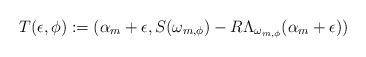
LaTeX: \begin{align*} T (\epsilon ,\phi ) : = (\alpha_m + \epsilon , S(\omega_{m , \phi} ) - R \Lambda_{\omega_{m , \phi}}( \alpha_m + \epsilon))\end{align*}